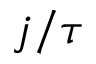
j / \tau